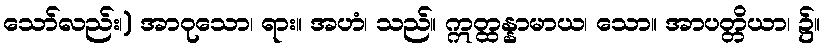
သော်လည်း၊) အာဝုသော၊ ရား။ အဟံ၊ သည်။ ဣတ္ထန္နာမာယ၊ သော။ အာပတ္တိယာ၊ ၌။